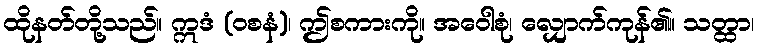
ထိုနတ်တို့သည်။ ဣဒံ (ဝစနံ)၊ ဤစကားကို။ အဝေါစုံ၊ လျှောက်ကုန်၏။ သတ္ထာ၊